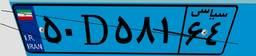
۸۷D۷۸۶۵۸